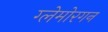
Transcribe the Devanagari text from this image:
ग्लेमोरगन